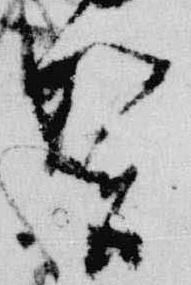
賀